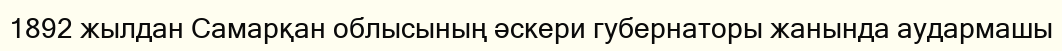
1892 жылдан Самарқан облысының әскери губернаторы жанында аудармашы